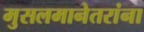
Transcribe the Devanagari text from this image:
मुसलमानेतरांना